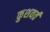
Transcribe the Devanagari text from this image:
कुशवर्त